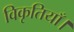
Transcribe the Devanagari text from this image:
विकृतियाँ।